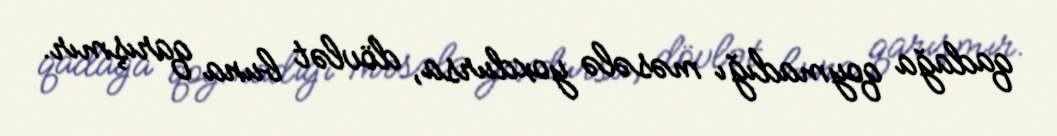
qadağa qoymadığı məsələ yoxdursa, dövlət buna qarışmır.